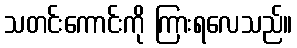
သတင်းကောင်းကို ကြားရလေသည်။